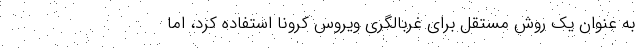
به عنوان یک روش مستقل برای غربالگری ویروس کرونا استفاده کرد، اما